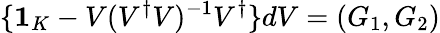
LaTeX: \{ {\mathbf 1}_{K}-V(V^{\dagger}V)^{-1}V^{\dagger}\} dV=(G_{1},G_{2})